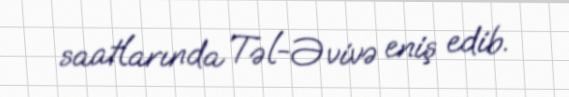
saatlarında Təl-Əvivə eniş edib.